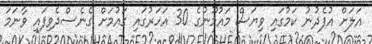
އަލަށް އުފެދުނު ކަމުގައި ވިޔަސް މައުމޫނުގެ 30 އަހަރުގައި ގައުމަށް ގެނެސްދެވިފައި ވާނަމަ